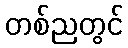
တစ်ညတွင်